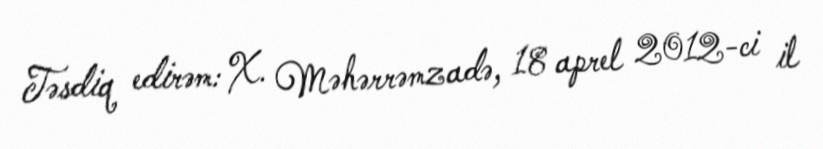
Təsdiq edirəm: X. Məhərrəmzadə, 18 aprel 2012-ci il